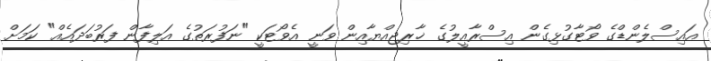
އައިސްލެންޑްގެ ވޯޓާގުޅިގެން އިސްރާއީލުގެ ޚާރިޖިއްޔާއިން ވަނީ އެވޯޓަކީ "ނަފުރަތުގެ އަލިފާން ފަރުބަދައެއް" ކަމަށް